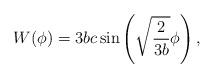
LaTeX: \begin{align*}W(\phi) = 3 b c \sin\left( \sqrt{ \frac{2}{3b}}\phi\right),\end{align*}